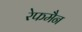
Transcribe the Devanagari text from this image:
रेफमैन